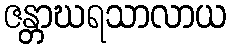
ဇန္တာဃရသာလာယ